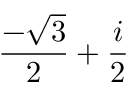
{ \frac { - { \sqrt { 3 } } } { 2 } } + { \frac { i } { 2 } }